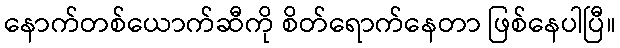
နောက်တစ်ယောက်ဆီကို စိတ်ရောက်နေတာ ဖြစ်နေပါပြီ။